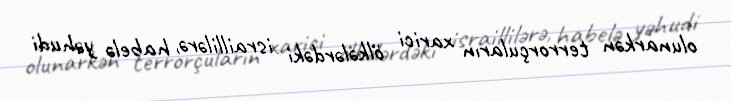
olunarkən terrorçuların xarici ölkələrdəki israillilərə, habelə yəhudi